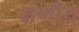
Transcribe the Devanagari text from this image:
क्षणीय